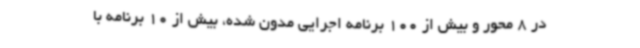
در 8 محور و بیش از 100 برنامه اجرایی مدون شده، بیش از 10 برنامه با